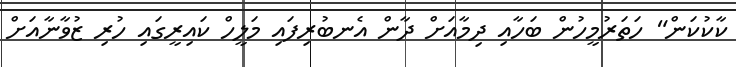
ކާކުކަން" ހަތަރުމީހުން ބަހާއި ދިމާއަށް ދާން އެނބުރިފައި މަލީހް ކައިރީގައި ހުރި ޒުވާނާއަށް